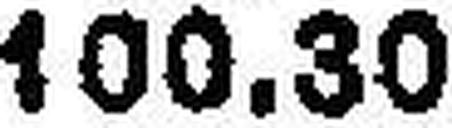
100.30